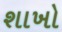
શાખો